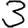
Digit: 3